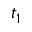
t _ { 1 }